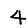
Digit: 4